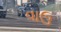
વાઉ